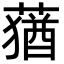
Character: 蕕